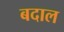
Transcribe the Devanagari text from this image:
बदाल